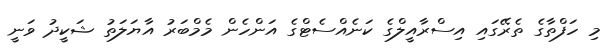
މި ހަފްތާގެ ތެރޭގައި އިސްރާއީލްގެ ކަނެއްސެޓްގެ އަންހެން މެމްބަރު އާޔަލަތު ޝަކީދު ވަނީ